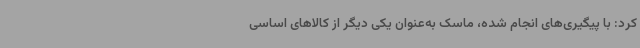
کرد: با پیگیری‌های انجام شده، ماسک به‌عنوان یکی دیگر از کالاهای اساسی